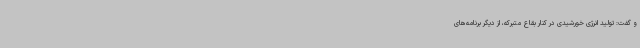
و گفت: تولید انرژی خورشیدی در کنار بقاع متبرکه، از دیگر برنامه‌های